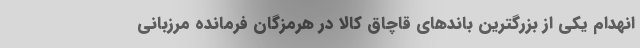
انهدام یکی از بزرگترین باندهای قاچاق کالا در هرمزگان فرمانده مرزبانی